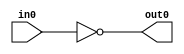
module not_gate (
				input wire in0,
				output wire out0
				);
				
assign out0 = !in0;
endmodule //not_gate